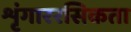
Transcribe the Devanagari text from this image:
शृंगाररसिकता